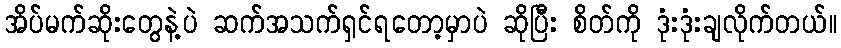
အိပ်မက်ဆိုးတွေနဲ့ပဲ ဆက်အသက်ရှင်ရတော့မှာပဲ ဆိုပြီး စိတ်ကို ဒုံးဒုံးချလိုက်တယ်။